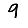
Digit: 9